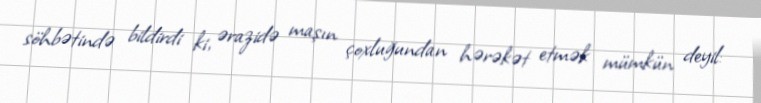
söhbətində bildirdi ki, ərazidə maşın çoxluğundan hərəkət etmək mümkün deyil: